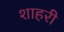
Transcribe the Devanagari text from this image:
शाहरी